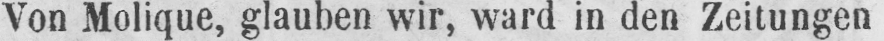
Von Molique, glauben wir, ward in den Zeitungen